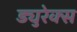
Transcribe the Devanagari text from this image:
ड्युरेक्स